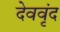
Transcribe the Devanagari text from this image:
देववृंद